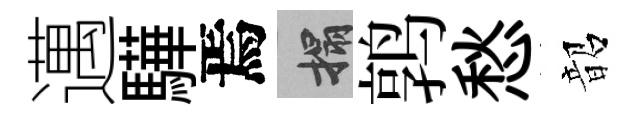
邁驊焉搨鹑愁韶